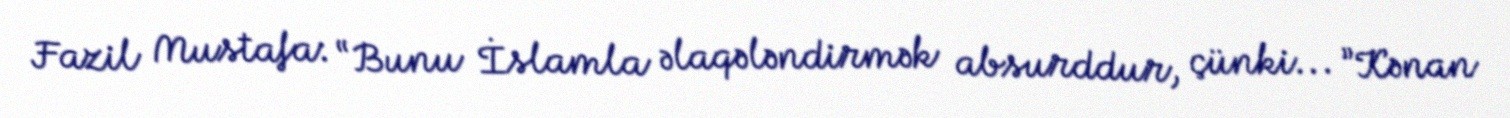
Fazil Mustafa: “Bunu İslamla əlaqələndirmək absurddur, çünki... ”Kənan